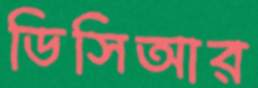
ডিসিআর